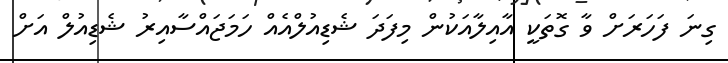
ގިނަ ފަހަރަށް ވާ ގޮތަކީ އާއިލާއަކުން މިފަދަ ޝެޑިއުލްއެއް ހަމަޖައްސާއިރު ޝެޑިއުލް އަށް